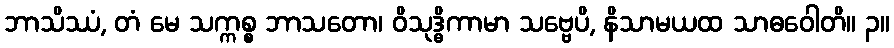
ဘာသိဿံ, တံ မေ သက္ကစ္စ ဘာသတော၊ ဝိသုဒ္ဓိကာမာ သဗ္ဗေပိ, နိသာမယထ သာဓဝေါတိ။ ၃။